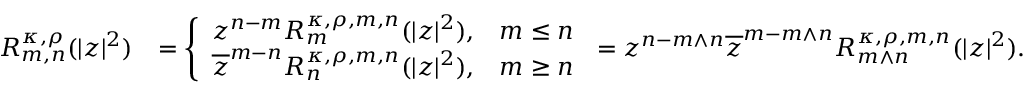
\begin{array} { r l } { R _ { m , n } ^ { \kappa , \rho } ( | z | ^ { 2 } ) } & { = \left\{ \begin{array} { l l } { z ^ { n - m } R _ { m } ^ { \kappa , \rho , m , n } ( | z | ^ { 2 } ) , } & { m \leq n } \\ { \overline { { z } } ^ { m - n } R _ { n } ^ { \kappa , \rho , m , n } ( | z | ^ { 2 } ) , } & { m \geq n } \end{array} \right. = z ^ { n - m \wedge n } \overline { { z } } ^ { m - m \wedge n } R _ { m \wedge n } ^ { \kappa , \rho , m , n } ( | z | ^ { 2 } ) . } \end{array}